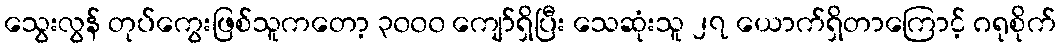
သွေးလွန် တုပ်ကွေးဖြစ်သူကတော့ ၃၀၀၀ ကျော်ရှိပြီး သေဆုံးသူ ၂၇ ယောက်ရှိတာကြောင့် ဂရုစိုက်